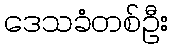
ဒေသခံတစ်ဦး